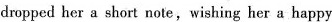
dropped her a short note,wishing her a happy